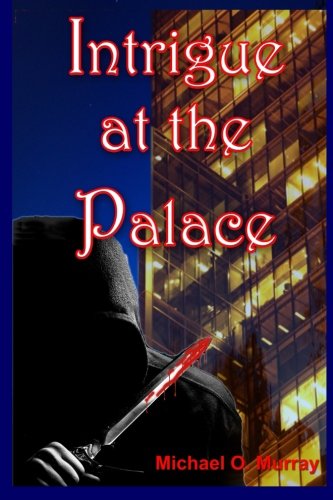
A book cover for Intrigue at the Palace; Michael Murray; Mystery, Thriller & Suspense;